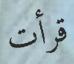
قرأت